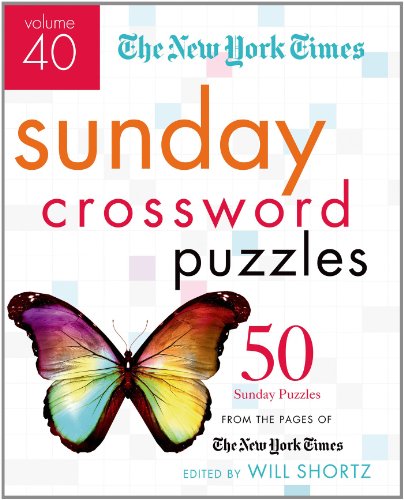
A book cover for The New York Times Sunday Crossword Puzzles Volume 40: 50 Sunday Puzzles from the Pages of The New York Times; The New York Times; Humor & Entertainment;